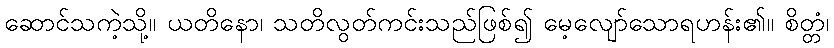
ဆောင်သကဲ့သို့။ ယတိနော၊ သတိလွတ်ကင်းသည်ဖြစ်၍ မေ့လျော်သောရဟန်း၏။ စိတ္တံ၊